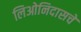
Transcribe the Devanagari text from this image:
लिओनिदासचे